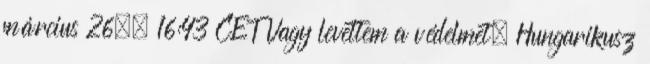
március 26., 16:43 CET Vagy levettem a védelmet. Hungarikusz